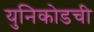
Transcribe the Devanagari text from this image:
युनिकोडची